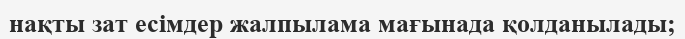
нақты зат есімдер жалпылама мағынада қолданылады;